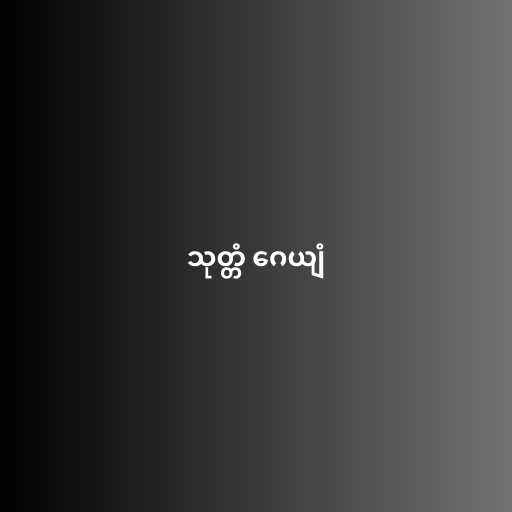
သုတ္တံ ဂေယျံ